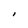
Character: 1